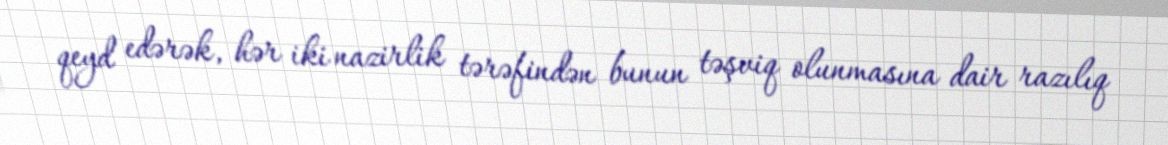
qeyd edərək, hər iki nazirlik tərəfindən bunun təşviq olunmasına dair razılıq